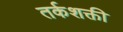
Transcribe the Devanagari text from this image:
तर्कशक्ती